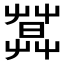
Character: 𦶛